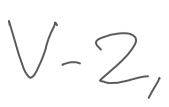
Text: V-2,
Cross-out: clean
Writing tool: digital_gray